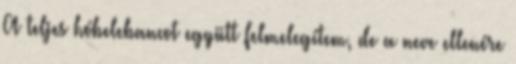
A teljes hóbelebancot együtt felmelegítem, de a neve ellenére